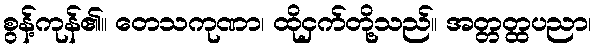
စွန့်ကုန်၏။ တေသကုဏာ၊ ထိုငှက်တို့သည်။ အတ္တတ္ထပညာ၊